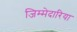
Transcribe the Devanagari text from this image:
जिम्मेदारिया